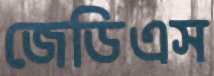
জেডিএস